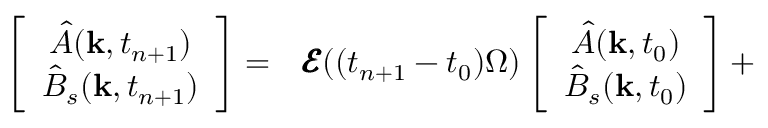
\begin{array} { r l } { \left[ \begin{array} { c } { { \hat { A } } ( \mathbf { k } , t _ { n + 1 } ) } \\ { { \hat { B } } _ { s } ( \mathbf { k } , t _ { n + 1 } ) } \end{array} \right] = } & { { } \pmb { \mathcal { E } } ( ( t _ { n + 1 } - t _ { 0 } ) \Omega ) \left[ \begin{array} { c } { { \hat { A } } ( \mathbf { k } , t _ { 0 } ) } \\ { { \hat { B } } _ { s } ( \mathbf { k } , t _ { 0 } ) } \end{array} \right] + } \end{array}